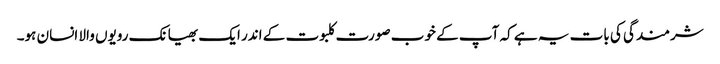
شرمندگی کی بات یہ ہے کہ آپ کے خوب صورت کلبوت کے اندر ایک بھیانک رویوں والا انسان ہو۔